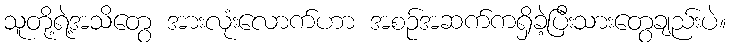
သူတို့ရဲ့အသိတွေ အားလုံးလောက်ဟာ အစဉ်အဆက်ကရှိခဲ့ပြီးသားတွေချည်းပဲ။